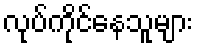
လုပ်ကိုင်နေသူများ